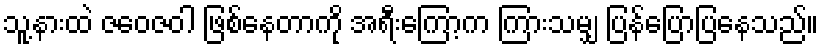
သူ့နားထဲ ဇဝေဇဝါ ဖြစ်နေတာကို အရီးကြော့က ကြားသမျှ ပြန်ပြောပြနေသည်။